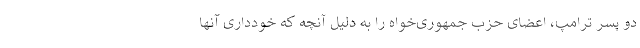
دو پسر ترامپ، اعضای حزب جمهوری‌خواه را به دلیل آنچه که خودداری آنها